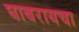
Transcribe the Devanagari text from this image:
घाबरायचा